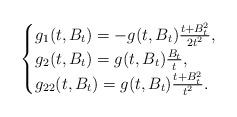
LaTeX: \begin{align*}\begin{cases} g_1(t, B_t) = -g(t, B_t) \frac{t +B_t^2}{2t^2}, \\ g_2(t, B_t) = g(t, B_t) \frac{B_t}{t}, \\ g_{22}(t, B_t) =g(t, B_t) \frac{t +B_t^2}{t^2}. \end{cases}\end{align*}